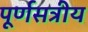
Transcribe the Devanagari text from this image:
पूर्णसत्रीय